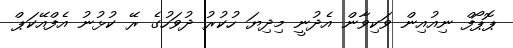
ޕޮޕޯފް ނިއުއިން ވަކިވާން އެދުނީ މިދިޔަ ހުކުރު ދުވަހުގެ ރޭ ކުޅުނު އެފްއޭކަޕް